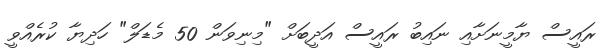
ރައީސް ޔާމީނަށާއި ނައިބު ރައީސް އަދީބަށް "މިނިވަން 50 މެޑަލް" ހަދިޔާ ކުރެއްވީ